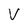
Character: V